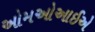
ઓમઓઆઈએ